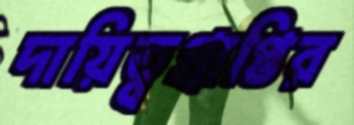
দায়িত্বপ্রাপ্তির